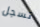
تسجل